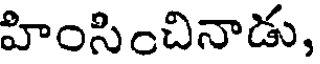
హింసించినాడు,